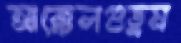
আক্কেলগুড়ুম